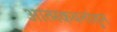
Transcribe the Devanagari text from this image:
आत्मकथनांतुन